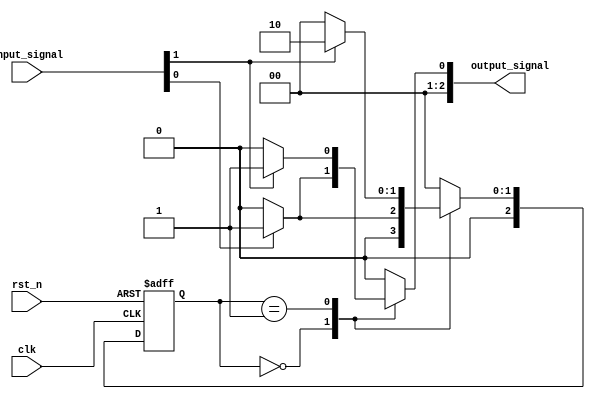
module MealyStateMachine #(
    parameter N = 3, // Number of bits for the state register
    parameter NUM_STATES = 2**N // Total number of states
)(
    input wire clk,
    input wire rst_n, // Active low asynchronous reset
    input wire [N-1:0] input_signal, // Input signals affecting state transitions and outputs
    output reg [N-1:0] output_signal // Output signals
);

    // State register
    reg [N-1:0] current_state, next_state;

    // State encoding (example for 3 states: 00, 01, 10)
    localparam STATE_0 = 3'b000;
    localparam STATE_1 = 3'b001;
    localparam STATE_2 = 3'b010;

    // State transition logic (Mealy machine logic)
    always @(*) begin
        case (current_state)
            STATE_0: begin
                if (input_signal[0]) begin
                    next_state = STATE_1;
                    output_signal = 1; // Output based on current state and input
                end else begin
                    next_state = STATE_0;
                    output_signal = 0; // Output remains the same
                end
            end
            
            STATE_1: begin
                if (input_signal[1]) begin
                    next_state = STATE_2;
                    output_signal = 1; // Output based on current state and input
                end else begin
                    next_state = STATE_0;
                    output_signal = 0; // Output remains the same
                end
            end
            
            STATE_2: begin
                next_state = STATE_0; // Example transition
                output_signal = 0; // Output based on current state and input
            end
            
            default: begin
                next_state = STATE_0; // Default state
                output_signal = 0; // Default output
            end
        endcase
    end

    // State register update
    always @(posedge clk or negedge rst_n) begin
        if (!rst_n) begin
            current_state <= STATE_0; // Reset to initial state
        end else begin
            current_state <= next_state; // Update state on clock edge
        end
    end

endmodule